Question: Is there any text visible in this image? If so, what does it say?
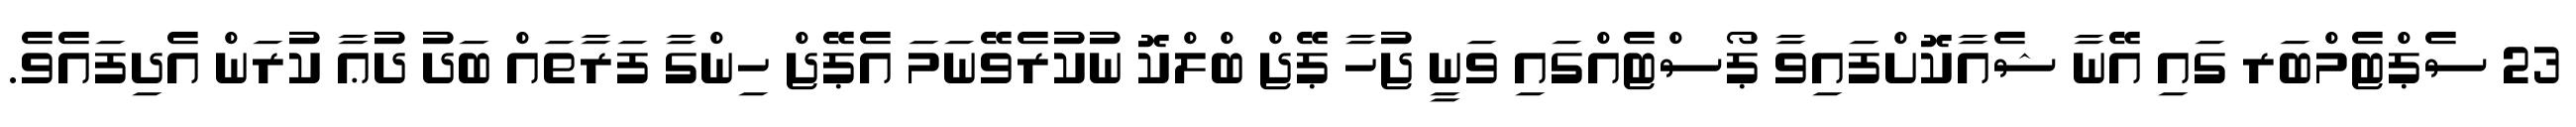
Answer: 23 ސެޕްޓެމްބަރ ގައި އޭނާ ޝެއާކޮށްފައިވާ ޕޯސްޓެއްގައި ވަނީ ޖުހާ ޕޭޖް ބްލްކޮ ނުކުރެވޭނަމަ އެޕޭޖް ހިންގާ ފަރާތައް ބަދު ދުޢާ ކުރަން އެދިފައެވެ.